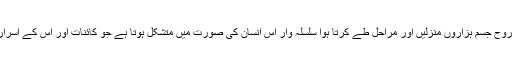
دوسری تاریخ یعنی سیکولر تصورِ ارتقاء کے مطابق ایک ذی روح جسم ہزاروں منزلیں اور مراحل طے کرتا ہوا سلسلہ وار اس انسان کی صورت میں متشکل ہوتا ہے جو کائنات اور اس کے اسرار و رموز سمجھنے اور اس کی تعبیر کرنے میں محو سفر ہے۔